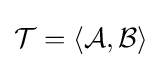
{\mathcal {T}}=\langle {\mathcal {A}},{\mathcal {B}}\rangle